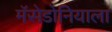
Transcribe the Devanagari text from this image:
मॅसेडोनियाला